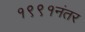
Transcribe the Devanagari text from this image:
१९९१नंतर